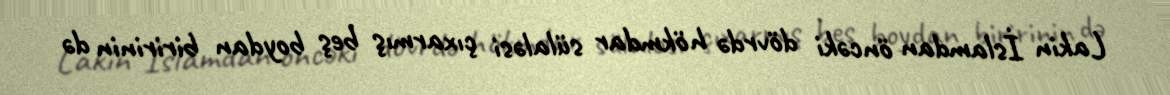
Lakin İslamdan öncəki dövrdə hökmdar sülaləsi çıxarmış beş boydan biririnin də